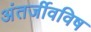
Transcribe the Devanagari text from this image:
अंतर्जीवविष